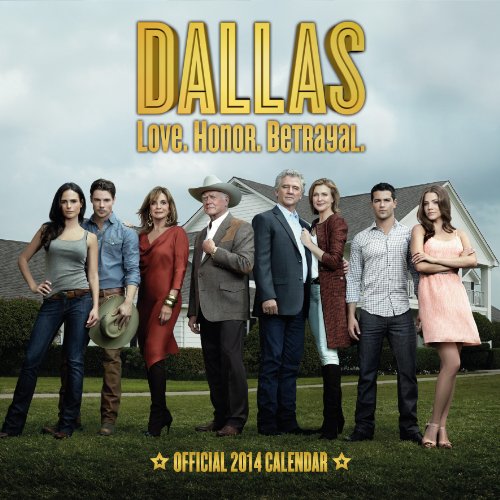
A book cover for Official Dallas 2014 Calendar; Calendars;